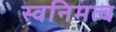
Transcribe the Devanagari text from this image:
स्वनिमत्व